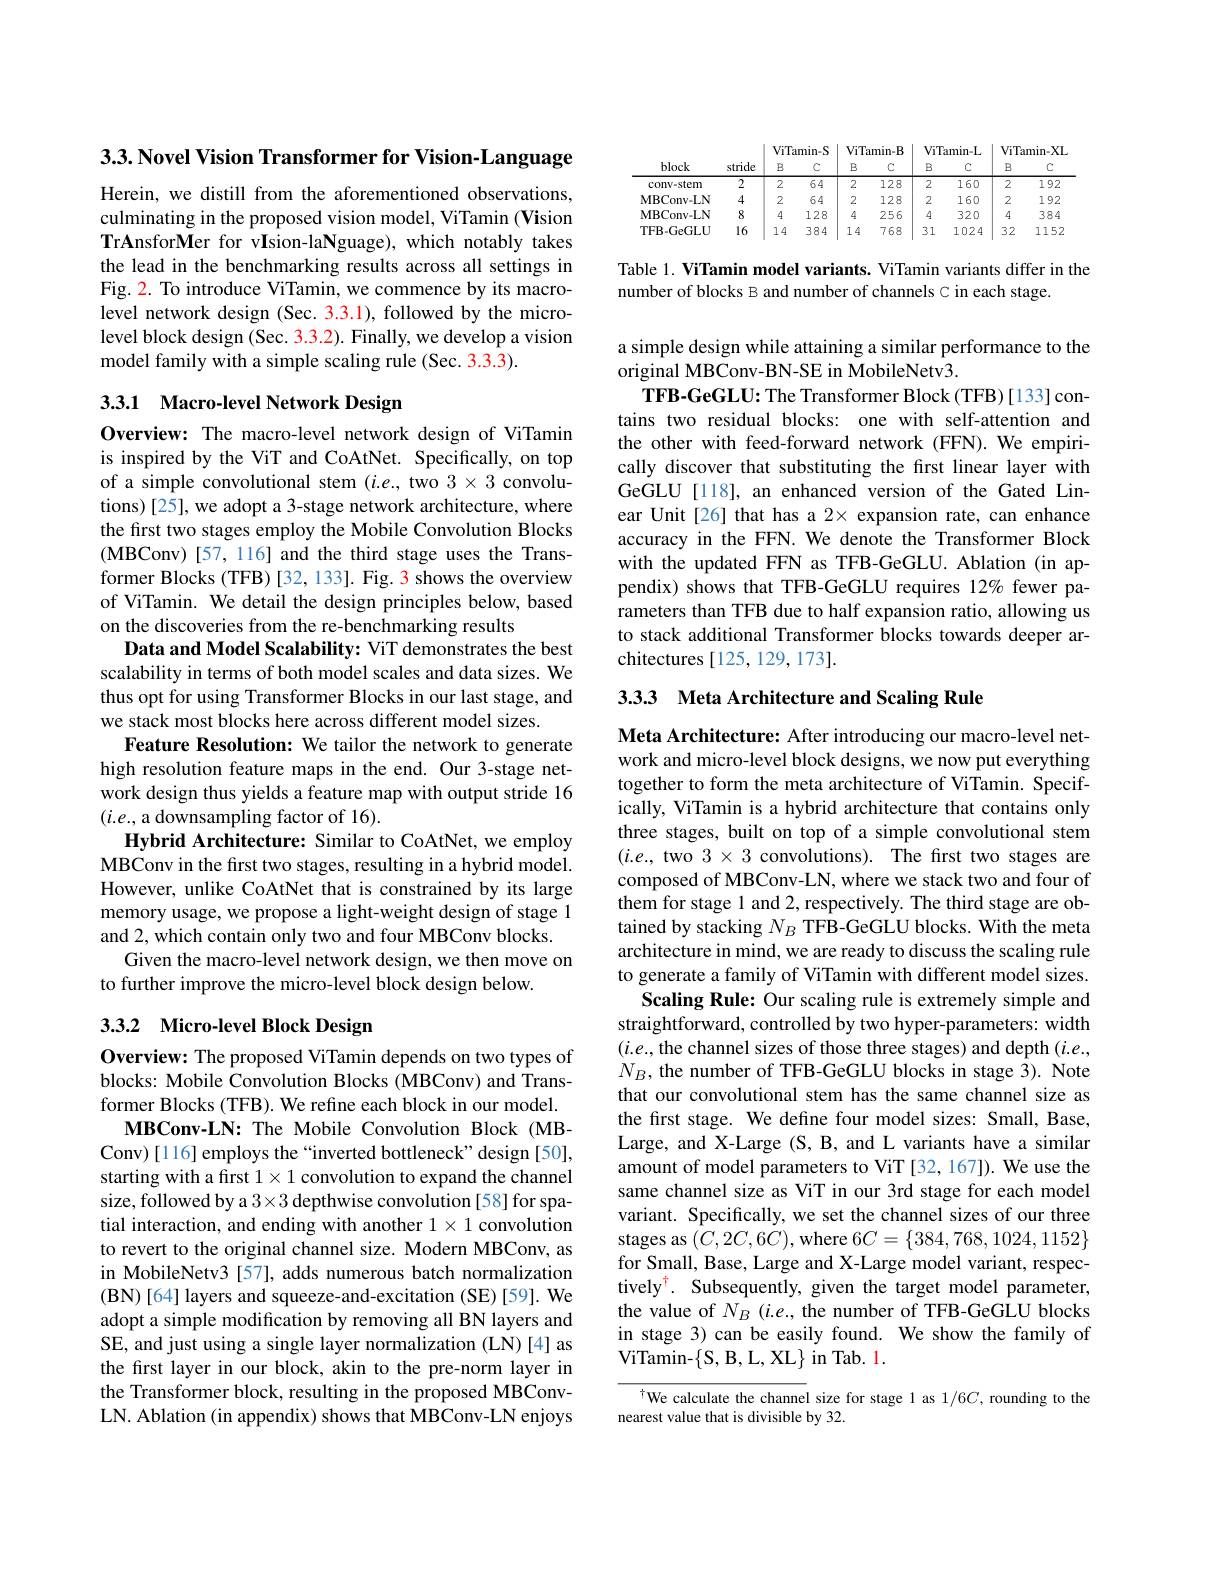
$3. 3. \textbf{Novel Vision Transformer for Vision- Language}$

Herein, we distill from the aforementioned observations, culminating in the proposed vision model, ViTamin (Vision TrAnsforMer for vIsion-laNguage), which notably takes the lead in the benchmarking results across all settings in Fig. 2. To introduce ViTamin, we commence by its macrolevel network design (Sec. 3.3.1), followed by the microlevel block design (Sec. 3.3.2). Finally, we develop a vision model family with a simple scaling rule (Sec. 3.3.3).

## 3.3.1 Macro-level Network Design

Overview: The macro-level network design of ViTamin is inspired by the ViT and CoAtNet. Specifically, on top of a simple convolutional stem (i.e., two 3×3 convolutions) [25], we adopt a 3-stage network architecture, where the first two stages employ the Mobile Convolution Blocks (MBConv) [ 57, 116] and the third stage uses the Trans- former Blocks (TFB) [32, 133]. Fig. 3 shows the overview of ViTamin. We detail the design principles below, based on the discoveries from the re-benchmarking results
Data and Model Scalability: ViT demonstrates the best scalability in terms of both model scales and data sizes. We thus opt for using Transformer Blocks in our last stage, and we stack most blocks here across different model sizes.
Feature Resolution: We tailor the network to generate high resolution feature maps in the end. Our 3-stage network design thus yields a feature map with output stride 16 $(i.e.$, a downsampling factor of 16).
Hybrid Architecture: Similar to CoAtNet, we employ MBConv in the first two stages, resulting in a hybrid model. However, unlike CoAtNet that is constrained by its large memory usage, we propose a light-weight design of stage 1 and 2, which contain only two and four MBConv blocks.
Given the macro-level network design, we then move on
to further improve the micro-level block design below.

## 3.3.2 Micro-level Block Design

Overview: The proposed ViTamin depends on two types of blocks: Mobile Convolution Blocks (MBConv) and Transformer Blocks (TFB). We refine each block in our model.
MBConv-LN: The Mobile Convolution Block (MBConv)[116] employs the “inverted bottleneck” design [50], starting with a first $1\times1$ convolution to expand the channel size, followed by a 3×3 depthwise convolution [58] for spatial interaction, and ending with another $1\times1$ convolution to revert to the original channel size. Modern MBConv, as in MobileNetv3 [57], adds numerous batch normalization (BN)[64] layers and squeeze-and-excitation (SE)[59]. We adopt a simple modification by removing all BN layers and SE, and just using a single layer normalization (LN)[4] as the first layer in our block, akin to the pre-norm layer in the Transformer block, resulting in the proposed MBConvLN. Ablation (in appendix) shows that MBConv-LN enjoys

<table>
	<tbody>
		<tr>
			<th rowspan="2">block</th>
			<th rowspan="2">stride</th>
			<th colspan="2">$ViTamin-S$</th>
			<th colspan="2">$ViTamin-B$</th>
			<th colspan="2">ViTamin- L</th>
			<th colspan="2">ViTamin-XL</th>
		</tr>
		<tr>
			<th>B</th>
			<th>$C$</th>
			<th>B</th>
			<th>$C$</th>
			<th>B</th>
			<th>$C$</th>
			<th>B</th>
			<th>$C$</th>
		</tr>
		<tr>
			<td>conv- stem</td>
			<td>2</td>
			<td>2</td>
			<td>64</td>
			<td>2</td>
			<td>128</td>
			<td>2</td>
			<td>160</td>
			<td>2</td>
			<td>192</td>
		</tr>
		<tr>
			<td>MBConv- LN</td>
			<td>4</td>
			<td>2</td>
			<td>64</td>
			<td>2</td>
			<td>128</td>
			<td>2</td>
			<td>160</td>
			<td>2</td>
			<td>192</td>
		</tr>
		<tr>
			<td>$\mathbf{MBConv-LN}$</td>
			<td>8</td>
			<td>4</td>
			<td>128</td>
			<td>4</td>
			<td>256</td>
			<td>4</td>
			<td>320</td>
			<td>4</td>
			<td>384</td>
		</tr>
		<tr>
			<td>TFB-GeGLU</td>
			<td>16</td>
			<td>1. 4 </td>
			<td>384</td>
			<td>1 4 </td>
			<td>768</td>
			<td>31</td>
			<td>1024</td>
			<td>32</td>
			<td>1152</td>
		</tr>
	</tbody>
</table>

Table 1. ViTamin model variants. ViTamin variants differ in the
number of blocks B and number of channels C in each stage.

a simple design while attaining a similar performance to the
original MBConv-BN-SE in MobileNetv3.
TFB-GeGLU: The Transformer Block (TFB) [133] contains two residual blocks: one with self-attention and the other with feed-forward network (FFN). We empirically discover that substituting the first linear layer with GeGLU[118], an enhanced version of the Gated Linear Unit[26] that has a 2× expansion rate, can enhance accuracy in the FFN. We denote the Transformer Block with the updated FFN as TFB-GeGLU. Ablation (in appendix) shows that TFB-GeGLU requires 12% fewer parameters than TFB due to half expansion ratio, allowing us to stack additional Transformer blocks towards deeper architectures [125,129,173].

3.3.3 Meta Architecture and Scaling Rule

Meta Architecture: After introducing our macro-level network and micro-level block designs, we now put everything together to form the meta architecture of ViTamin. Specifically, ViTamin is a hybrid architecture that contains only three stages, built on top of a simple convolutional stem $(i.e.$, two $3\times3$ convolutions). The frst two stages are composed of MBConv-LN, where we stack two and four of them for stage 1 and 2, respectively. The third stage are obtained by stacking $N_B$ TFB-GeGLU blocks. With the meta architecture in mind, we are ready to discuss the scaling rule to generate a family of ViTamin with different model sizes.
Scaling Rule: Our scaling rule is extremely simple and straightforward, controlled by two hyper-parameters: width $(i.e.$, the channel sizes of those three stages) and depth $(i.e.$, $N_B$, the number of TFB-GeGLU blocks in stage 3). Note that our convolutional stem has the same channel size as the first stage. We define four model sizes: Small, Base, Large, and X-Large (S, B, and L variants have a similar amount of model parameters to ViT [32, 167]). We use the same channel size as ViT in our 3rd stage for each model variant. Specifically, we set the channel sizes of our three stages as $(C,2C,6C)$,where $6C=\{384,768,1024,1152\}$ for Small, Base, Large and X-Large model variant, respectively$^\dagger.$ Subsequently, given the target model parameter, the value of $N_B$ (i.e., the number of TFB-GeGLU blocks in stage 3) can be easily found. We show the family of ViTamin- $\{$S, B, L, XL$\}$ in Tab. 1.
TWe calculate the channel size for stage 1 as $1/6C$, rounding to the

nearest value that is divisible by 32.